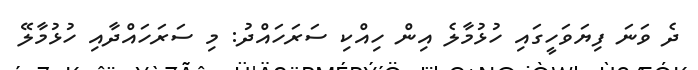
ދެ ވަނަ ފިޔަވަހީގައި ހުޅުމާލެ އިން ހިއްކި ސަރަހައްދު: މި ސަރަހައްދާއި ހުޅުމާލޭ